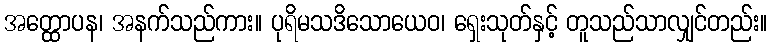
အတ္ထောပန၊ အနက်သည်ကား။ ပုရိမသဒိသောယေဝ၊ ရှေးသုတ်နှင့် တူသည်သာလျှင်တည်း။